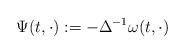
LaTeX: \begin{align*}\Psi(t,\cdot) := -\Delta^{-1} \omega(t,\cdot) \end{align*}